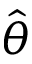
\hat { \theta }